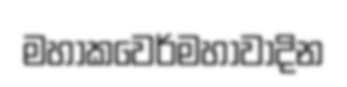
මහාකවෙර්මහාවාදින